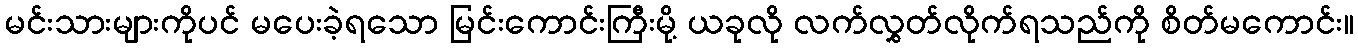
မင်းသားများကိုပင် မပေးခဲ့ရသော မြင်းကောင်းကြီးမို့ ယခုလို လက်လွှတ်လိုက်ရသည်ကို စိတ်မကောင်း။